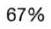
67%